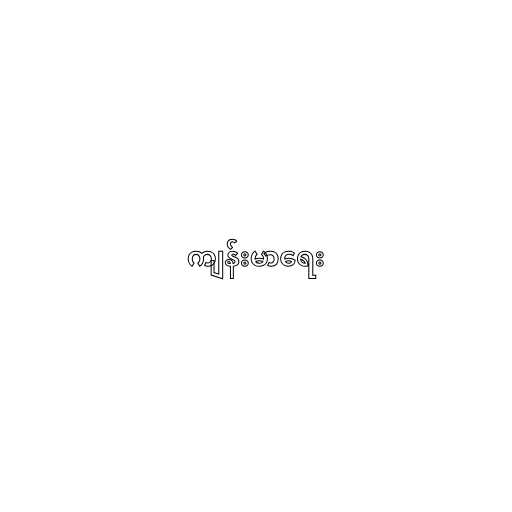
ကျန်းမာရေး